Lunatic asylums Central Provinces reports 1910-1926 - 1910-1926
Year: 1910
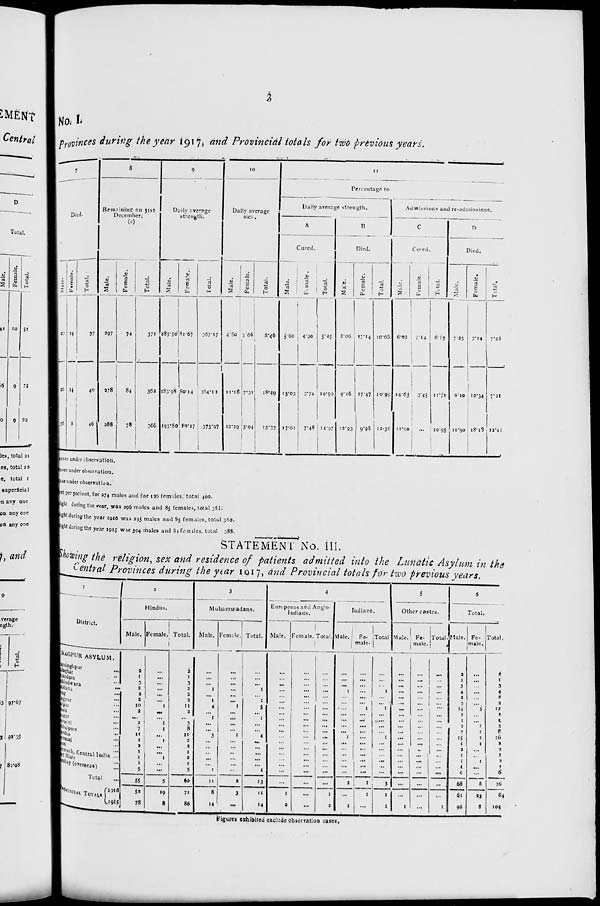
3
No. I.
Provinces during the year 1917, and Provincial totals for two previous years.
7
Died.
Male.
23
25
38
Female.
14
14
8
Total.
37
40
46
8
Remaining on 31st
December.
(c)
Male.
297
278
288
Female.
74
84
78
Total.
371
362
366
9
Daily
average
strength.
Male.
285.50
283.98
293.80
Female.
81.67
80.14
80.17
Total.
367.17
364.12
373.97
10
Daily average
sick.
Male.
4.80
11.18
12.29
Female.
3.66
7.31
3.04
Total.
8.46
18.49
15.33
11
Percentage to
Daily average strength.
A
Cured.
Male.
5.60
13.03
17.02
Female.
4.90
3.74
7.48
Total.
5.45
10.99
14.97
B
Died.
Male.
8.06
9.16
12.93
Female.
17.14
17.47
9.98
Total.
10.08
10.99
12.30
Admissions and re-admissions.
C
Cured.
Male.
6.02
14.63
11.90
Female.
7.14
3.45
...
Total.
6.19
11.71
10.95
D
Died.
Male.
7.23
6.10
11.90
Female.
7.14
10.34
18.18
Total.
7.22
7.31
12.41
cases under observation.
cases under observation.
case under observation.
feet per patient, for 274 males and for 126 females, total 400.
night during the year, was 296 males and 85 females, total 38 f;
night during the year 1916 was 295 males and 85 females, total 380.
night during the year 1915 was 304 males and 84 females, total 388.
STATEMENT No. III.
Showing the religion, sex and residence of patients admitted into the Lunatic Asylum in the
Central Provinces during the year 1917, and Provincial totals for two previous years.
1
District.
NAGPUR ASYLUM.
Narsinghpur ...
Balagat ...
Chandara ...
Chhindwara ...
Buldana ...
Drug ...
Nagpur ...
Raipur ...
Akola ...
Saugor ...
Amraoti ...
Jubbulpore ...
Vardha ...
Yeotmal ...
Seoni ...
Narsinggarh Central India ...
Port Blair ...
Bombay (overseas) ...
Total
...
PROVINCIAL TOTALS
1916
1915
2
Hindus.
Male.
2
1
3
2
2
2
10
2
...
2
7
11
1
2
1
1
1
5
55
52
75
Female.
...
...
...
...
...
...
1
...
...
1
1
...
1
...
...
1
...
...
5
19
8
Total.
2
1
3
2
2
2
11
2
...
3
8
11
2
2
1
2
1
5
60
71
86
3
Muhammadans.
Male.
...
...
...
1
...
1
4
...
1
...
...
3
...
...
...
...
...
1
11
8
14
Female.
...
...
...
...
...
...
1
...
...
...
...
1
...
...
...
...
...
...
2
3
...
Total.
...
...
...
1
...
1
5
...
1
...
...
4
...
...
...
...
...
1
13
11
14
4
Europeans and Anglo-
Indians.
Male.
...
...
...
...
...
...
...
...
...
...
...
...
...
...
...
...
...
...
...
1
2
Female.
...
...
...
...
...
...
...
...
...
...
...
...
...
...
...
...
...
...
...
...
...
Total.
...
...
...
...
...
...
...
...
...
...
...
...
...
...
...
...
...
...
...
1
2
Indians.
Male.
...
...
...
1
...
...
...
...
...
...
...
1
...
...
...
...
...
...
2
...
1
Fe-
male.
...
...
...
...
...
...
1
...
...
...
...
...
...
...
...
...
...
...
1
1
...
Total
...
...
...
1
...
...
1
...
...
...
...
1
...
...
...
...
...
...
3
1
1
5
Other castes.
Male.
...
...
...
...
...
...
...
...
...
...
...
...
...
...
...
...
...
...
...
...
1
Fe-
male.
...
...
...
...
...
...
...
...
...
...
...
...
...
...
...
...
...
...
...
...
...
Total.
...
...
...
...
...
...
...
...
...
...
...
...
...
...
...
...
...
...
...
1
6
Total.
Male.
2
1
3
4
2
3
14
2
1
2
7
15
1
2
1
1
1
6
68
61
96
Female.
...
...
...
...
...
...
3
...
...
1
1
1
1
...
...
1
...
...
8
23
8
Total.
2
1
3
4
2
3
17
2
1
3
8
16
2 2
1
2
1
6
76
84
104
Figures exhibited exclude observation cases.